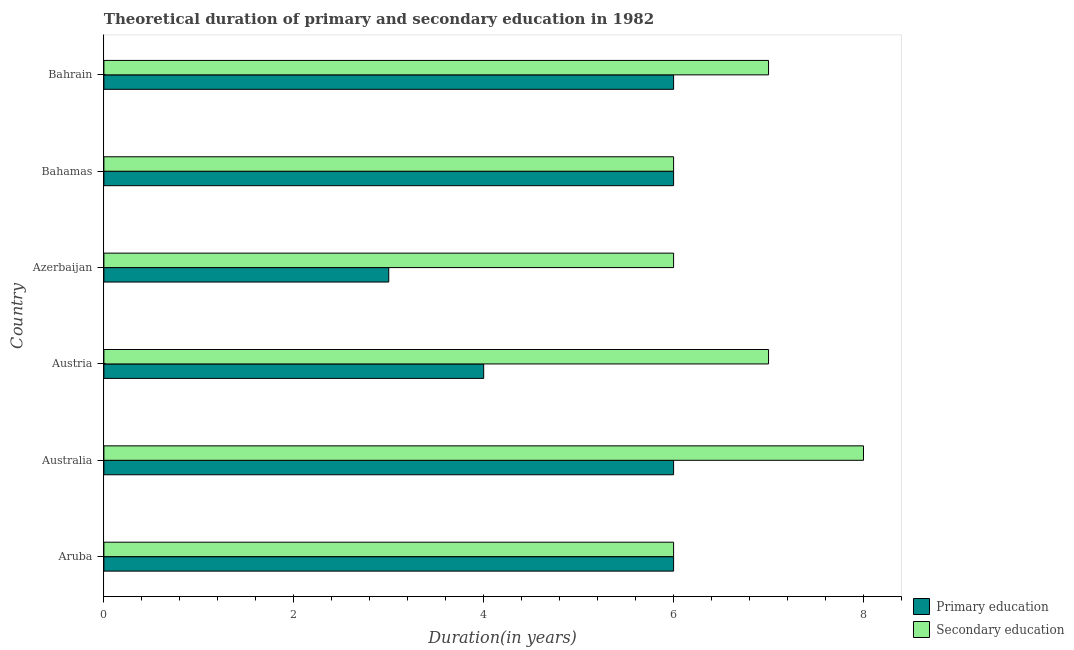
| Country | Primary education | Secondary education |
 | --- | --- | --- |
 | Aruba | 6 | 6 |
 | Australia | 6 | 8 |
 | Austria | 4 | 7 |
 | Azerbaijan | 3 | 6 |
 | Bahamas | 6 | 6 |
 | Bahrain | 6 | 7 |